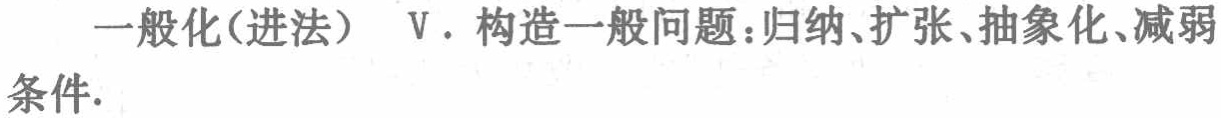
一般化(进法) Ⅴ. 构造一般问题：归纳、扩张、抽象化、减弱条件.